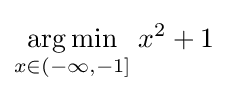
{\underset {x\in (-\infty ,-1]}{\operatorname {arg\,min} }}\;x^{2}+1